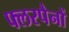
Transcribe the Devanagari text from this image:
फ्लरपैनों